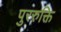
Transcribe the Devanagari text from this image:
पुररुक्ति